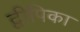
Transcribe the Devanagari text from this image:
द्वीपिका